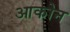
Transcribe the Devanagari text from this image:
आकोन